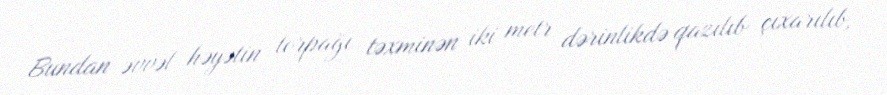
Bundan əvvəl həyətin torpağı təxminən iki metr dərinlikdə qazılıb çıxarılıb,